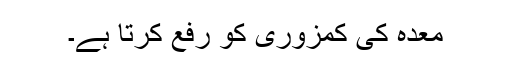
معدہ کی کمزوری کو رفع کرتا ہے۔